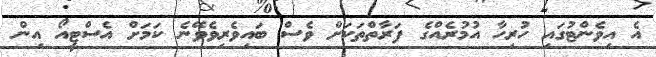
އެ އިވެންޓުގައި ހުރިހާ އުމުރެއްގެ ފަރާތްތަކަށް ވެސް ބައިވެރިވެވޭނެ ކަމަށް އެސްޓީއޯ އިން